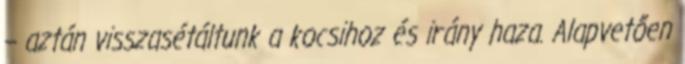
– aztán visszasétáltunk a kocsihoz és irány haza. Alapvetően